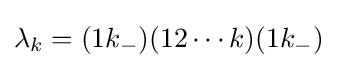
\lambda _{k}=(1k_{-})(12\cdots k)(1k_{-})